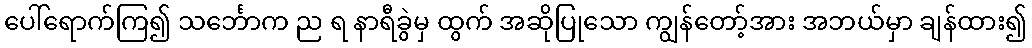
ပေါ်ရောက်ကြ၍ သင်္ဘောက ည ရ နာရီခွဲမှ ထွက် အဆိုပြုသော ကျွန်တော့်အား အဘယ်မှာ ချန်ထား၍